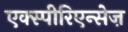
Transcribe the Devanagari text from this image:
एक्स्पीरिएन्सेज़